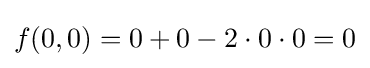
f(0,0)=0+0-2\cdot 0\cdot 0=0